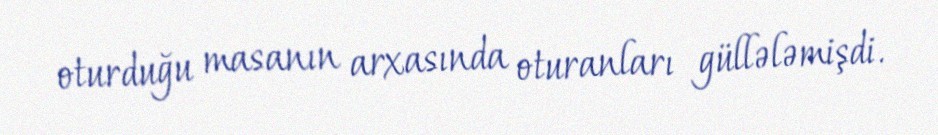
oturduğu masanın arxasında oturanları güllələmişdi.